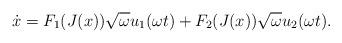
LaTeX: \begin{align*}\dot x=F_{1}(J(x)){\sqrt\omega }u_{1}(\omega t)+F_{2}(J(x)){\sqrt\omega} u_{2}(\omega t).\end{align*}